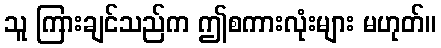
သူ ကြားချင်သည်က ဤစကားလုံးများ မဟုတ်။